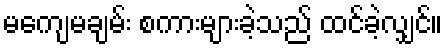
မကျေမချမ်း စကားများခဲ့သည် ထင်ခဲ့လျှင်။